Annual statistical returns and brief notes on vaccination in Bengal - 1909-1929
Year: 1909
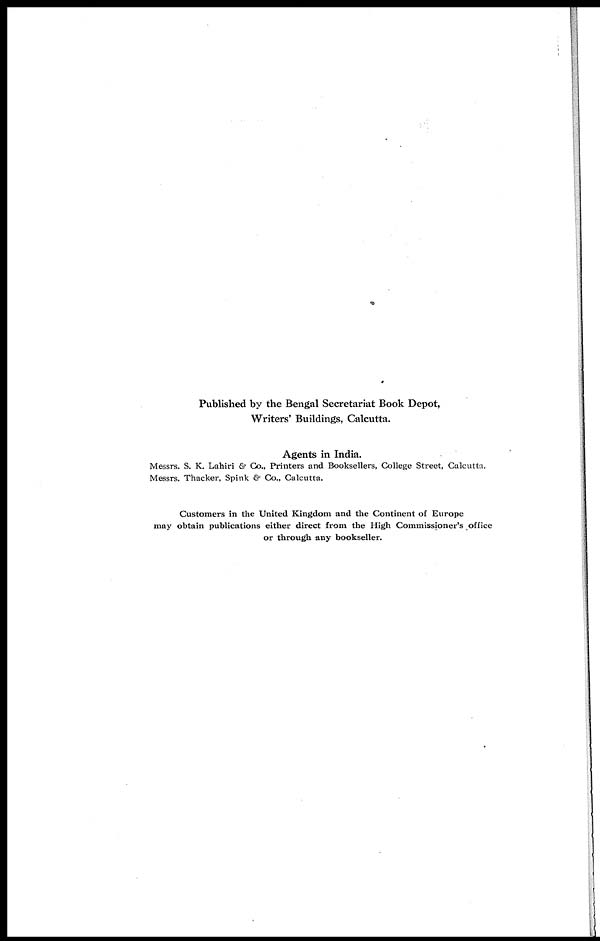
Published by the Bengal Secretariat Book Depot,
Writers' Buildings, Calcutta.
Agents in India.
Messrs. S. K. Lahiri & Co., Printers and Booksellers, College Street, Calcutta.
Messrs. Thacker, Spink & Co., Calcutta.
Customers in the United Kingdom and the Continent of Europe
may obtain publications either direct from the High Commissioner's office
or through any bookseller.